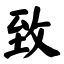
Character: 致